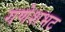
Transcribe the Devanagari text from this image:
गणेशभट